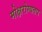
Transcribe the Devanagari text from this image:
मोक्षरोग्यतप